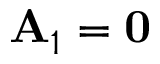
\mathbf { A } _ { 1 } = \mathbf { 0 }